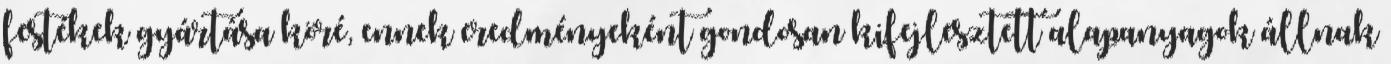
festékek gyártása köré, ennek eredményeként gondosan kifejlesztett alapanyagok állnak